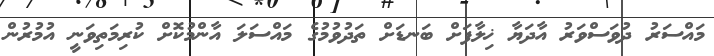
މައްސަރު ދުވަސްވަރު އާދަޔާ ޚިލާފަށް ބަނޑަށް ތަދުވުމުގެ މައްސަލަ އާންމުކޮށް ކުރިމަތިވަނީ އުމުރުން